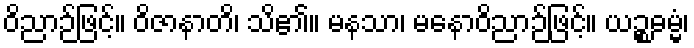
ဝိညာဉ်ဖြင့်။ ဝိဇာနာတိ၊ သိ၏။ မနသာ၊ မနောဝိညာဉ်ဖြင့်။ ယဉ္စဓမ္မံ၊